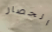
الحصار